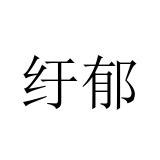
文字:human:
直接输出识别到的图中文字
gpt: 纡郁